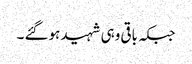
جبکہ باقی وہی شہید ہوگئے ۔